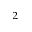
^ 2